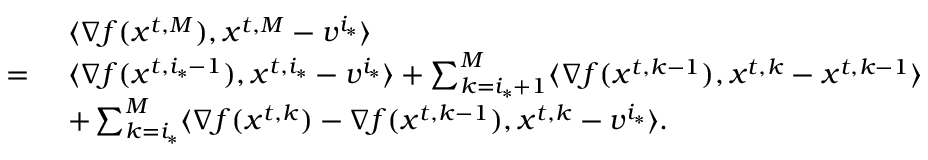
\begin{array} { r l } & { \langle \nabla f ( { x } ^ { t , M } ) , { x } ^ { t , M } - { v } ^ { i _ { * } } \rangle } \\ { = \ } & { \langle \nabla f ( { x } ^ { t , i _ { * } - 1 } ) , { x } ^ { t , i _ { * } } - { v } ^ { i _ { * } } \rangle + \sum _ { k = i _ { * } + 1 } ^ { M } \langle \nabla f ( { x } ^ { t , k - 1 } ) , { x } ^ { t , k } - { x } ^ { t , k - 1 } \rangle } \\ & { + \sum _ { k = i _ { * } } ^ { M } \langle \nabla f ( { x } ^ { t , k } ) - \nabla f ( { x } ^ { t , k - 1 } ) , { x } ^ { t , k } - { v } ^ { i _ { * } } \rangle . } \end{array}